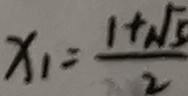
x _ { 1 } = \frac { 1 + \sqrt { 5 } } { 2 }